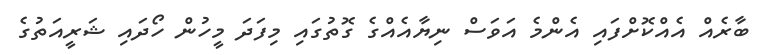
ބާރެއް އެއްކޮށްފައި އެންމެ އަވަސް ނިޔާއެއްގެ ގޮތުގައި މިފަދަ މީހުން ހޯދައި ޝަރީއަތުގެ